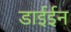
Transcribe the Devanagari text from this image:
डाईईन